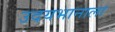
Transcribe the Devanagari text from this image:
उदयभानाला